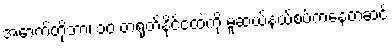
အောက်တိုဘာ၊ ၁၀ တရုတ်နိုင်ငံထဲကို မူဆယ်နယ်စပ်ကနေတဆင့်